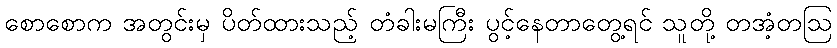
စောစောက အတွင်းမှ ပိတ်ထားသည့် တံခါးမကြီး ပွင့်နေတာတွေ့ရင် သူတို့ တအံ့တဩ